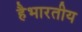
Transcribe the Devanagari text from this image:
हैभारतीय